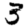
Digit: 3